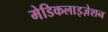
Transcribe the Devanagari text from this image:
मेडिकलाइज़ेशन